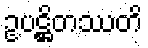
ဥပဋ္ဌိတဿတိ